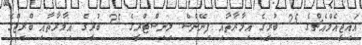
އައިޖީއެމްއެޗްގެ 25 ބުރީގެ އިމާރާތާއި ފިނޭންސް މިނިސްޓްރީގެ 25 ބުރީގެ އިމާރާތާއި ބްރިޖްގެ